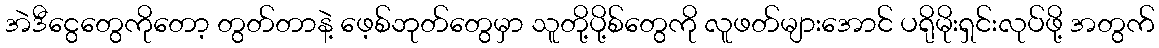
အဲဒီငွေတွေကိုတော့ တွတ်တာနဲ့ ဖေ့စ်ဘုတ်တွေမှာ သူတို့ပို့စ်တွေကို လူဖတ်များအောင် ပရိုမိုးရှင်းလုပ်ဖို့ အတွက်